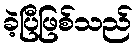
ခဲ့ပြီဖြစ်သည်